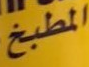
المطبخ